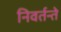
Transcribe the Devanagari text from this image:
निवर्तन्ते